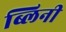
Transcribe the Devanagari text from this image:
ब्लिनी